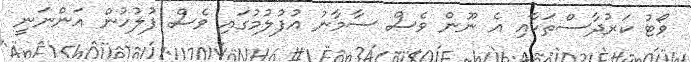
ވޯޓު ކަރުދާސްތަކާއި އެ ނޫން ވެސް ސާމާނު އުފުލުމުގައި ވެސް ފުލުހުން އަންނަނީ